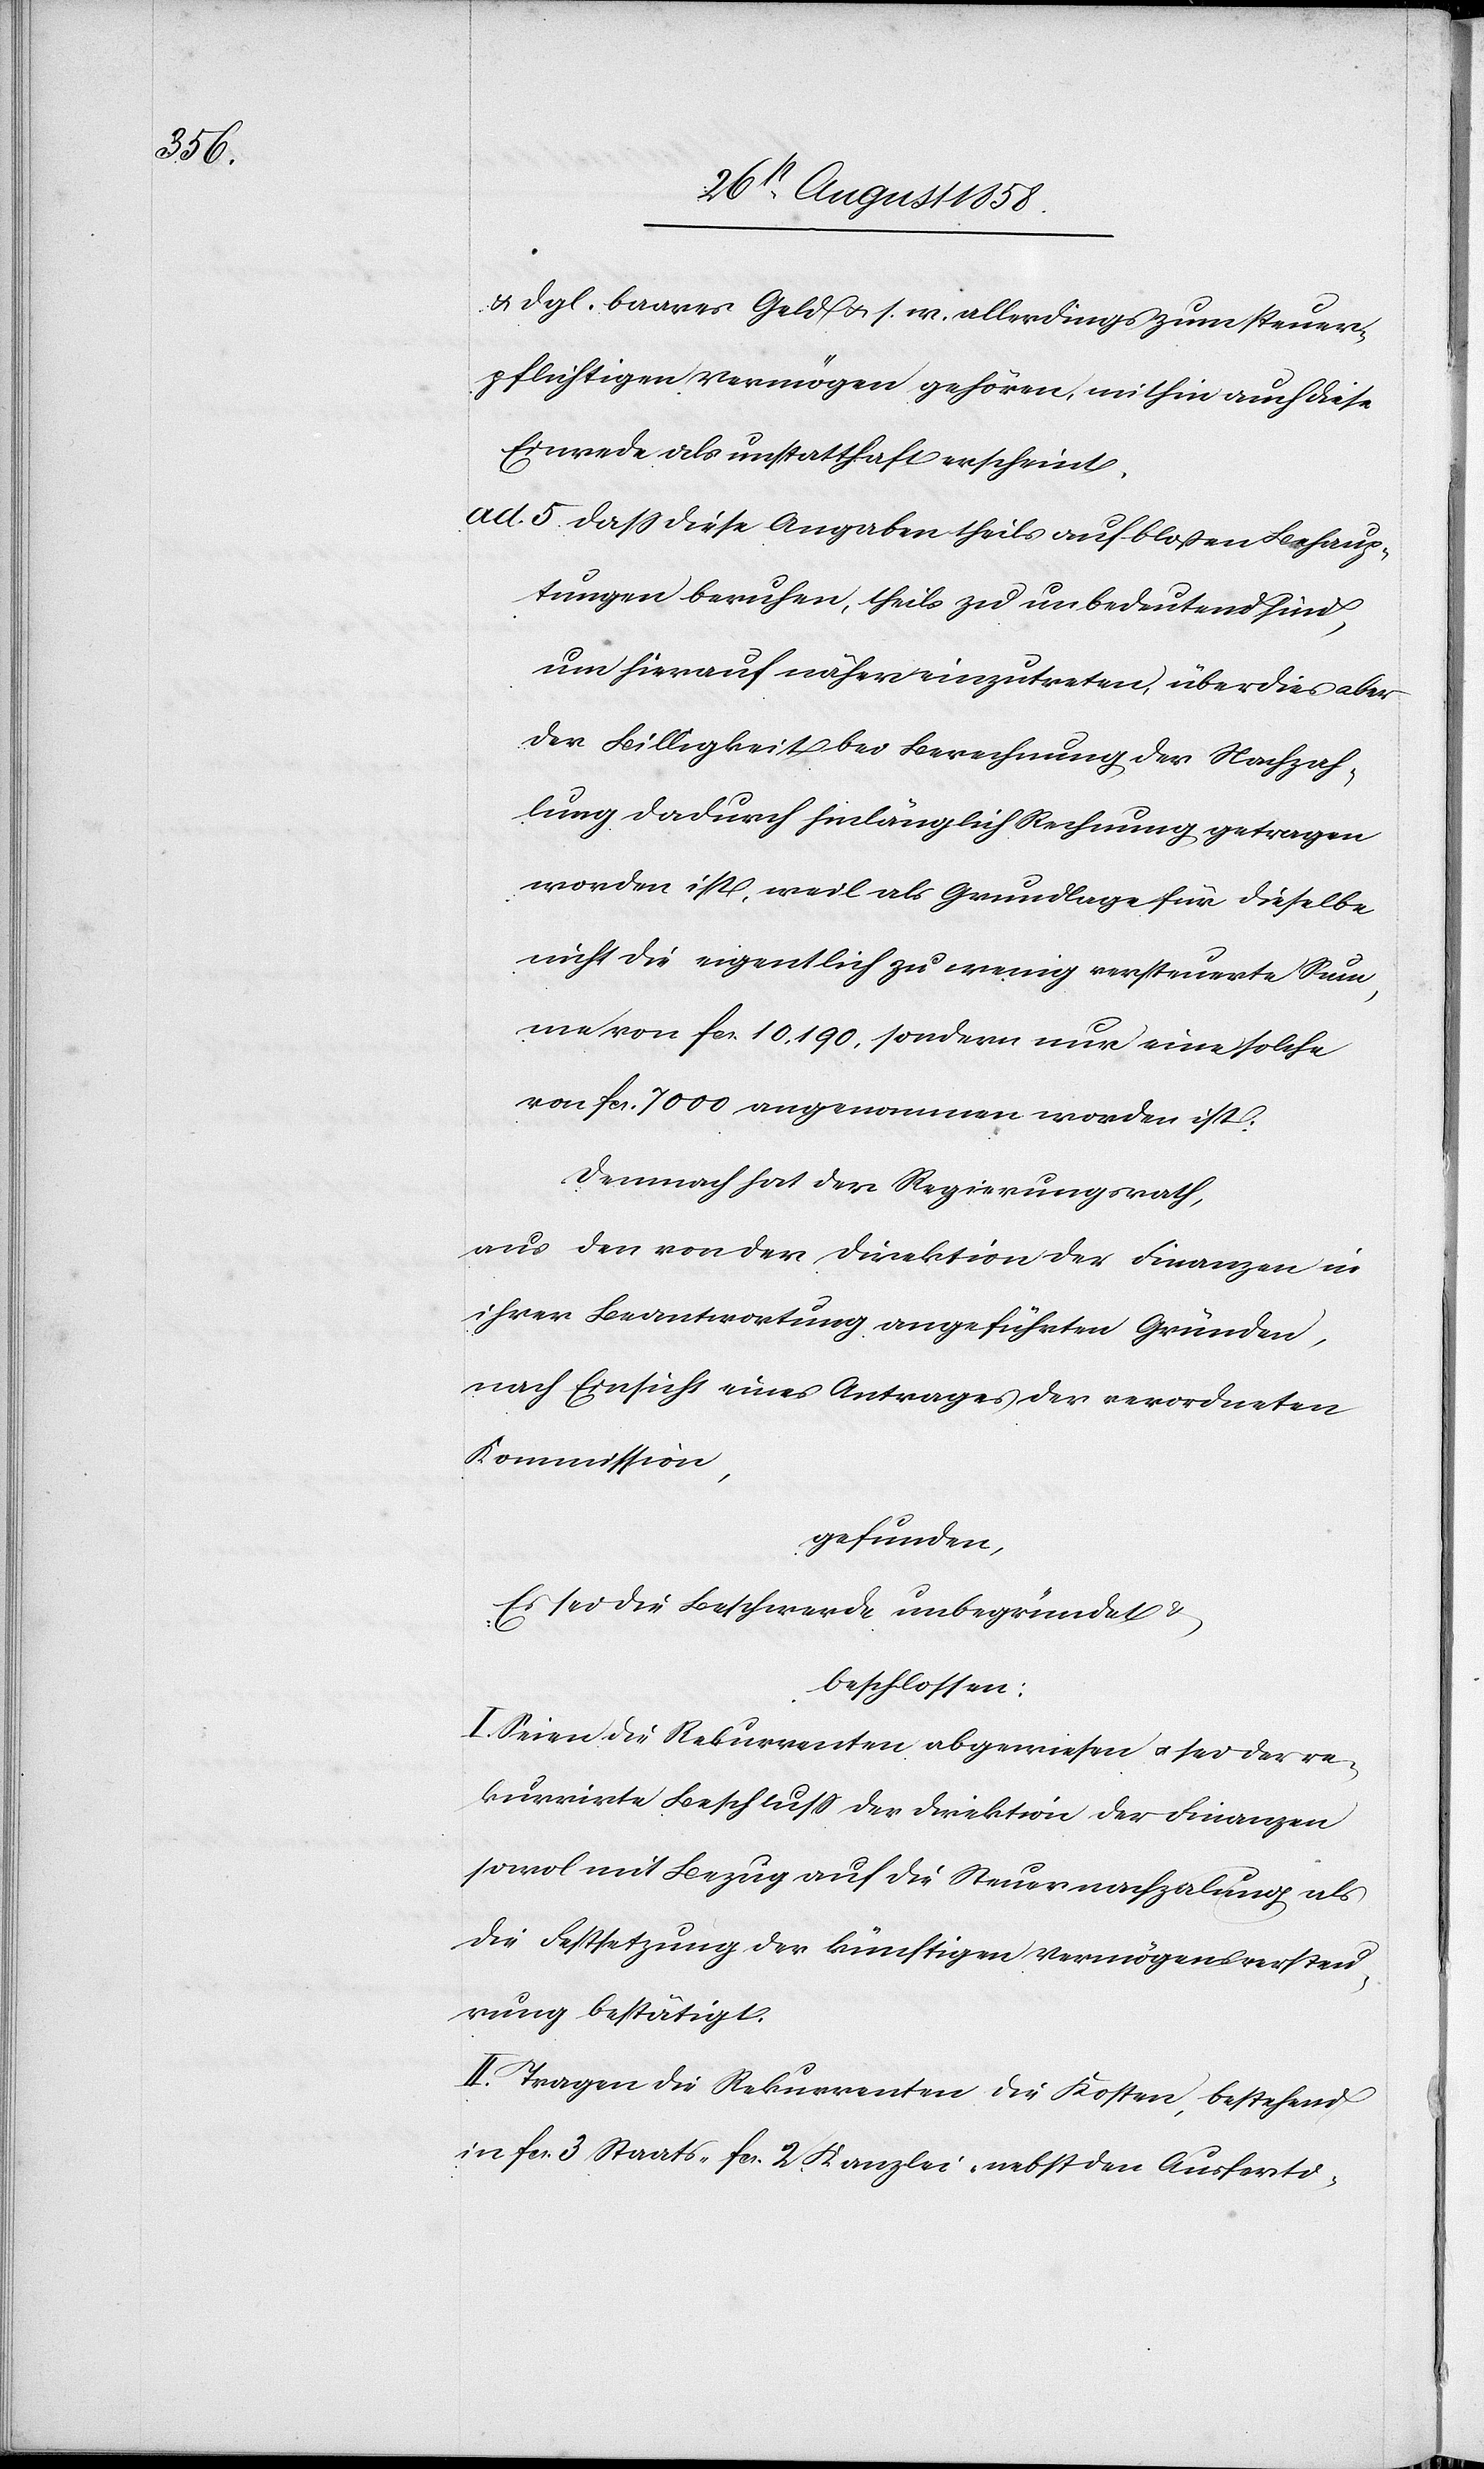
& dgl. baares Geld & s. w. allerdings zum steuer¬
pflichtigen Vermögen gehören, mithin auch diese
Einrede als unstatthaft erscheint.
ad 5. dass diese Angaben theils auf bloßen Behaup¬
tungen beruhen, theils zu unbedeutend sind,
um hierauf näher einzutreten, überdies aber
der Billigkeit bei Berechnung der Nachzah¬
lung darauf hinlänglich Rechnung getragen
worden ist, weil als Grundlage für dieselbe
nicht die eigentlich zu wenig versteuerte Sum¬
me von fcs. 10,190, sondern nur eine solche
von fcs. 7000 angenommen worden ist.
Demnach hat der Regierungsrath,
aus den von der Direktion der Finanzen in
ihrer Beantwortung angeführten Gründen,
nach Einsicht eines Antrages der verordneten
Kommission,
gefunden,
Es sei die Beschwerde unbegründet &
beschlossen:
I. Seien die Rekurrenten abgewiesen & sei der re¬
kurrirte Beschluss der Direktion der Finanzen
sowol mit Bezug auf die Steuernachzalung als
die Festsetzung der künftigen Vermögensversteu¬
rung bestätigt.
II. Tragen die Rekurrenten die Kosten, bestehend
in fcs. 3 Staats-[,] fcs. 2 Kanzlei-[,] nebst den Ausferti-